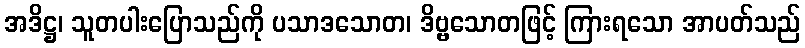
အဒိဋ္ဌ၊ သူတပါးပြောသည်ကို ပသာဒသောတ၊ ဒိဗ္ဗသောတဖြင့် ကြားရသော အာပတ်သည်